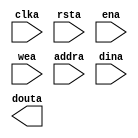
module KGPRISC(
	clka,
	rsta,
	ena,
	wea,
	addra,
	dina,
	douta);


input clka;
input rsta;
input ena;
input [0 : 0] wea;
input [10 : 0] addra;
input [31 : 0] dina;
output [31 : 0] douta;

// synthesis translate_off

      BLK_MEM_GEN_V4_3 #(
		.C_ADDRA_WIDTH(11),
		.C_ADDRB_WIDTH(11),
		.C_ALGORITHM(2),
		.C_BYTE_SIZE(9),
		.C_COMMON_CLK(0),
		.C_DEFAULT_DATA("0"),
		.C_DISABLE_WARN_BHV_COLL(0),
		.C_DISABLE_WARN_BHV_RANGE(0),
		.C_FAMILY("spartan3"),
		.C_HAS_ENA(1),
		.C_HAS_ENB(0),
		.C_HAS_INJECTERR(0),
		.C_HAS_MEM_OUTPUT_REGS_A(0),
		.C_HAS_MEM_OUTPUT_REGS_B(0),
		.C_HAS_MUX_OUTPUT_REGS_A(0),
		.C_HAS_MUX_OUTPUT_REGS_B(0),
		.C_HAS_REGCEA(0),
		.C_HAS_REGCEB(0),
		.C_HAS_RSTA(1),
		.C_HAS_RSTB(0),
		.C_HAS_SOFTECC_INPUT_REGS_A(0),
		.C_HAS_SOFTECC_OUTPUT_REGS_B(0),
		.C_INITA_VAL("0"),
		.C_INITB_VAL("0"),
		.C_INIT_FILE_NAME("KGPRISC.mif"),
		.C_LOAD_INIT_FILE(1),
		.C_MEM_TYPE(0),
		.C_MUX_PIPELINE_STAGES(0),
		.C_PRIM_TYPE(1),
		.C_READ_DEPTH_A(2048),
		.C_READ_DEPTH_B(2048),
		.C_READ_WIDTH_A(32),
		.C_READ_WIDTH_B(32),
		.C_RSTRAM_A(0),
		.C_RSTRAM_B(0),
		.C_RST_PRIORITY_A("CE"),
		.C_RST_PRIORITY_B("CE"),
		.C_RST_TYPE("SYNC"),
		.C_SIM_COLLISION_CHECK("ALL"),
		.C_USE_BYTE_WEA(0),
		.C_USE_BYTE_WEB(0),
		.C_USE_DEFAULT_DATA(0),
		.C_USE_ECC(0),
		.C_USE_SOFTECC(0),
		.C_WEA_WIDTH(1),
		.C_WEB_WIDTH(1),
		.C_WRITE_DEPTH_A(2048),
		.C_WRITE_DEPTH_B(2048),
		.C_WRITE_MODE_A("NO_CHANGE"),
		.C_WRITE_MODE_B("WRITE_FIRST"),
		.C_WRITE_WIDTH_A(32),
		.C_WRITE_WIDTH_B(32),
		.C_XDEVICEFAMILY("spartan3"))
	inst (
		.CLKA(clka),
		.RSTA(rsta),
		.ENA(ena),
		.WEA(wea),
		.ADDRA(addra),
		.DINA(dina),
		.DOUTA(douta),
		.REGCEA(),
		.CLKB(),
		.RSTB(),
		.ENB(),
		.REGCEB(),
		.WEB(),
		.ADDRB(),
		.DINB(),
		.DOUTB(),
		.INJECTSBITERR(),
		.INJECTDBITERR(),
		.SBITERR(),
		.DBITERR(),
		.RDADDRECC());


// synthesis translate_on

// XST black box declaration
// box_type "black_box"
// synthesis attribute box_type of KGPRISC is "black_box"

endmodule